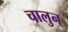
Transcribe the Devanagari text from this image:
चालुन्